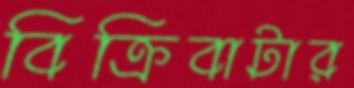
বিক্রিবাটার